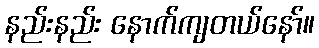
နည်းနည်း နောက်ကျတယ်နော်။